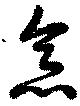
意